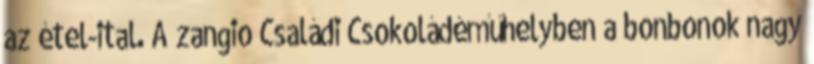
az étel-ital. A zangio Családi Csokoládéműhelyben a bonbonok nagy